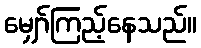
မျှော်ကြည့်နေသည်။